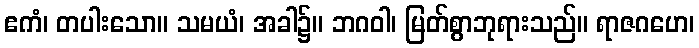
ဧကံ၊ တပါးသော။ သမယံ၊ အခါ၌။ ဘဂဝါ၊ မြတ်စွာဘုရားသည်။ ရာဇဂဟေ၊